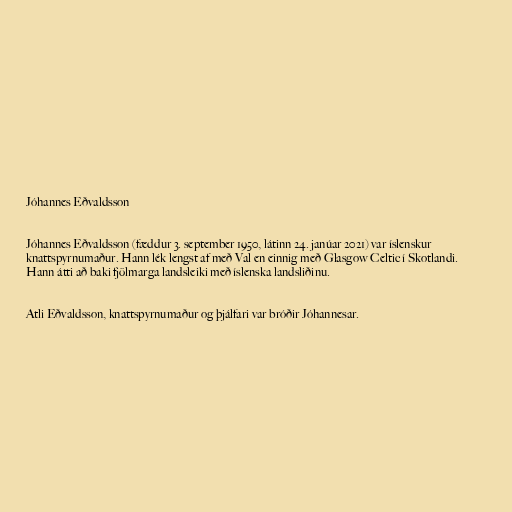
Jóhannes Eðvaldsson

Jóhannes Eðvaldsson (fæddur 3. september 1950, látinn 24. janúar 2021) var íslenskur
knattspyrnumaður. Hann lék lengst af með Val en einnig með Glasgow Celtic í Skotlandi.
Hann átti að baki fjölmarga landsleiki með íslenska landsliðinu.

Atli Eðvaldsson, knattspyrnumaður og þjálfari var bróðir Jóhannesar.